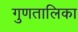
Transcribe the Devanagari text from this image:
गुणतालिका